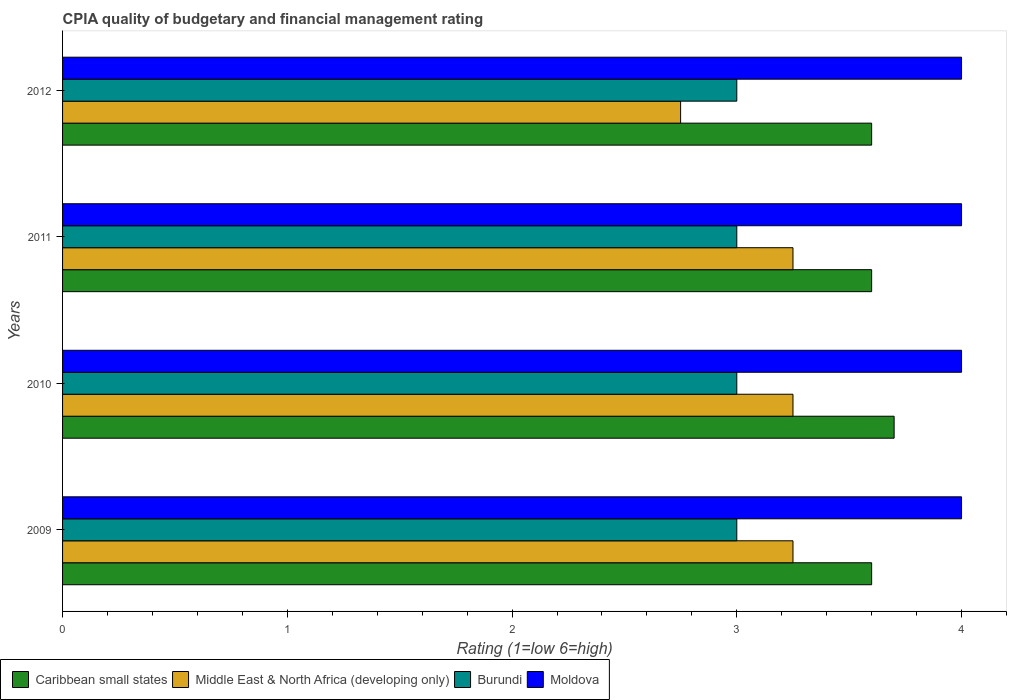
| Years | Caribbean small states | Middle East & North Africa (developing only) | Burundi | Moldova |
 | --- | --- | --- | --- | --- |
 | 2009 | 3.6 | 3.25 | 3 | 4 |
 | 2010 | 3.7 | 3.25 | 3 | 4 |
 | 2011 | 3.6 | 3.25 | 3 | 4 |
 | 2012 | 3.6 | 2.75 | 3 | 4 |